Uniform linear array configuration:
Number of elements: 48
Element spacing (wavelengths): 0.25
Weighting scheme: exponential
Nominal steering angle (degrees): -60
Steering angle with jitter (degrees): -60.783
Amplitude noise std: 0.05
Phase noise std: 0.05

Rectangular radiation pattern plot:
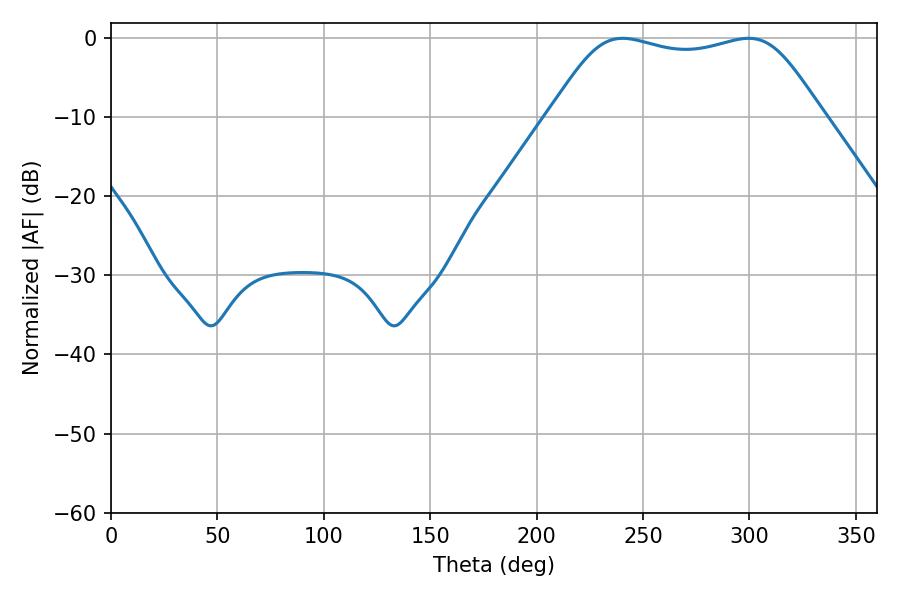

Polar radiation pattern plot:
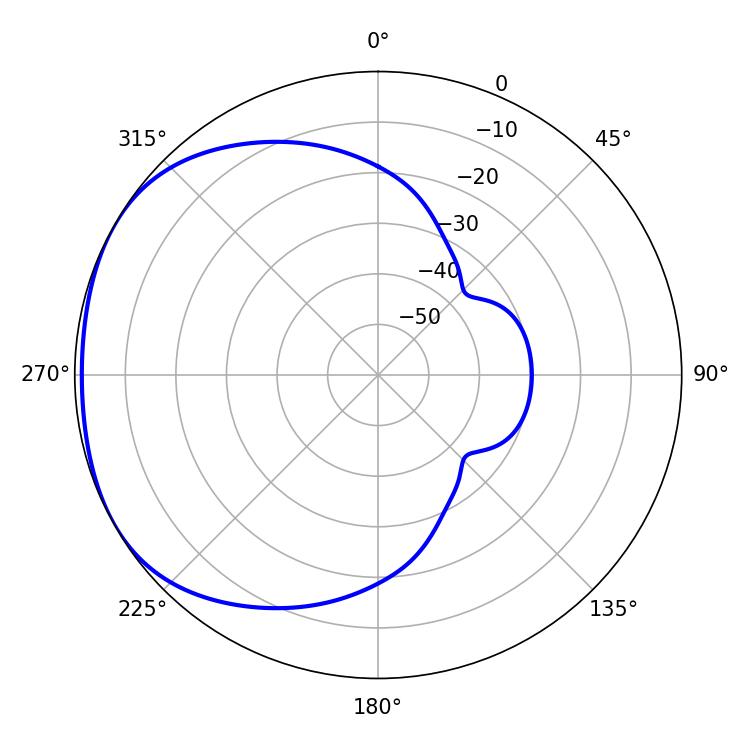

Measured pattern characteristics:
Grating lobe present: FALSE
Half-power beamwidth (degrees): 96.48
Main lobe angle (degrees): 240.48